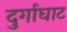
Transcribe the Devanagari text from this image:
दुर्गाघाट